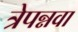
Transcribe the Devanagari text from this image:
त्रेपन्नवा